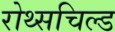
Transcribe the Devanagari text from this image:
रोथ्सचिल्ड